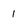
Character: 1